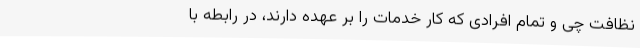
نظافت چی و تمام افرادی که کار خدمات را بر عهده دارند، در رابطه با